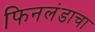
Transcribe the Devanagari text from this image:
फिनलंडाचा